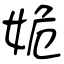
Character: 姽